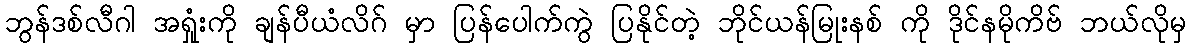
ဘွန်ဒစ်လီဂါ အရှုံးကို ချန်ပီယံလိဂ် မှာ ပြန်ပေါက်ကွဲ ပြနိုင်တဲ့ ဘိုင်ယန်မြုးနစ် ကို ဒိုင်နမိုကိဗ် ဘယ်လိုမှ